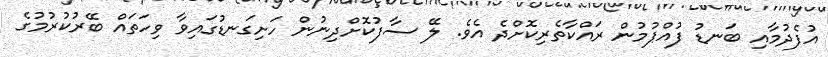
އުފެދުމާއި ބަނޑު ފުއްޕުމުން ރައްކާތެރިކޮށްދެ އެވެ. ލޭ ސާފުކޮށްދިނުން ހަށިގަނޑުގައިވާ ވިހަތައް ބޭރުކުރުމުގެ